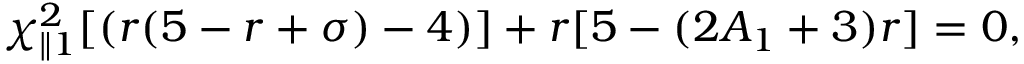
\chi _ { \parallel 1 } ^ { 2 } [ ( r ( 5 - r + \sigma ) - 4 ) ] + r [ 5 - ( 2 A _ { 1 } + 3 ) r ] = 0 ,